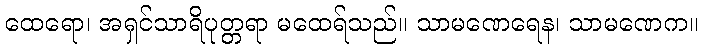
ထေရော၊ အရှင်သာရိပုတ္တရာ မထေရ်သည်။ သာမဏေရေန၊ သာမဏေက။